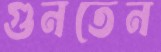
গুনতেন